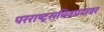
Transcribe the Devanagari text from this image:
परराष्ट्रसचिवपदावर